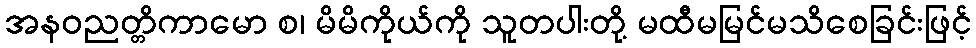
အနဝညတ္တိကာမော စ၊ မိမိကိုယ်ကို သူတပါးတို့ မထီမမြင်မသိစေခြင်းဖြင့်